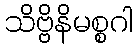
သိဗ္ဗိနိမစ္စဂါ